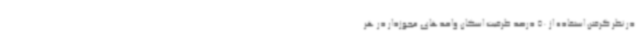
در نظر گرفتن استفاده از 50 درصد ظرفیت اسکان واحدهای مجوزدار در هر